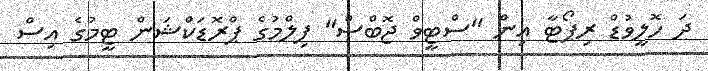
ދަ ހޮލީވުޑް ރިޕޯޓާ އިން "ސްޓީވް ޖޮބްސް" ފިލްމުގެ ޕްރޮޑަކްޝަން ޓީމުގެ އިސް